Annual statistical returns and brief notes on vaccination in Bengal - 1887-1898
Year: 1887
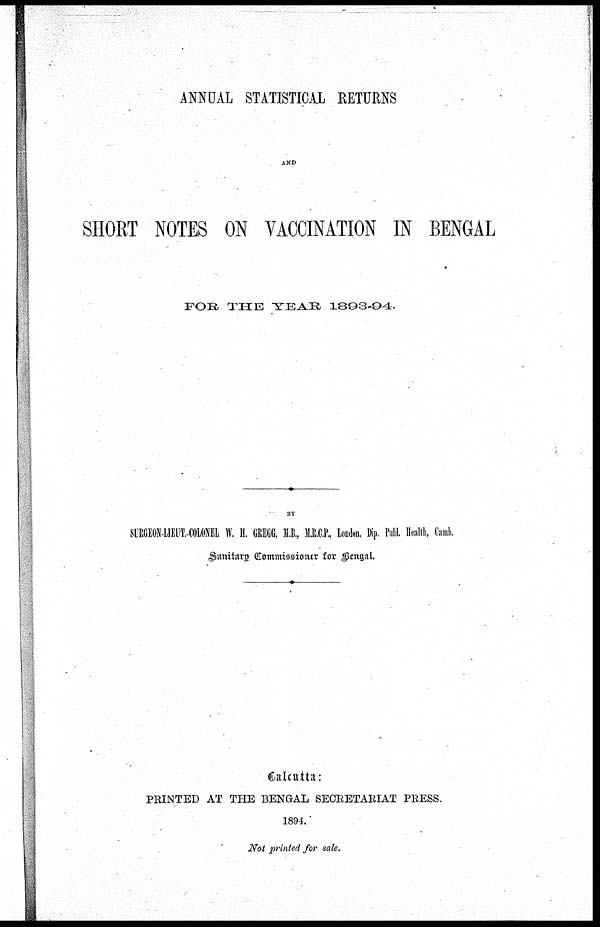
ANNUAL STATISTICAL RETURNS
AND
SHORT NOTES ON VACCINATION IN BENGAL
FOR THE YEAR 1893-94.
BY
SURGEON LIEUT. COLONEL W. H. GREGG, M.B., M.R.C.P., London, Dip. Publ. Health, Camb.
Sanitary Commissioner for Bengal.
Culcutta:
PRINTED AT THE BENGAL SECRETARIAT PRESS.
1894.
Not printed for sale.